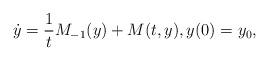
LaTeX: \begin{align*}\dot{y} = \dfrac{1}{t} M_{-1}(y) + M (t, y),y(0) = y_0,\end{align*}